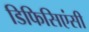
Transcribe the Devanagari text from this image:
डिफिसिएंसी